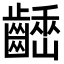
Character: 𪙒